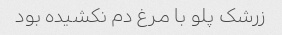
زرشک پلو با مرغ دم نکشیده بود